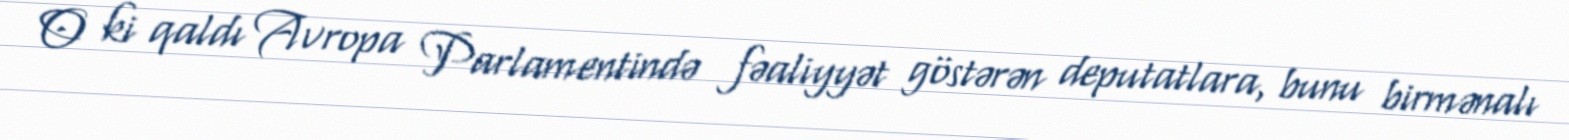
O ki qaldı Avropa Parlamentində fəaliyyət göstərən deputatlara, bunu birmənalı